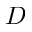
D